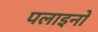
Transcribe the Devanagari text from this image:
पलाइनो